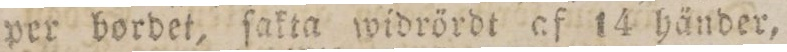
per bordet, ſakta widrördt af 14 händer,